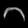
Digit: ၁